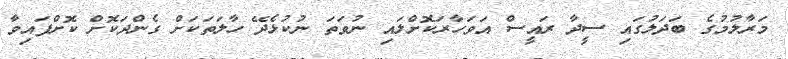
މަރާލުމުގެ ބަދަލުގައި ސީދާ ރައީސް އަވަހާރަކޮށްލައި ނުވަތަ ނުކުޅެދޭ ހާލަތަކަށް ގެންދަކޮށް ކޮށްފައިވާ